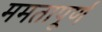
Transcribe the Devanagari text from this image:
ममतापूर्ण